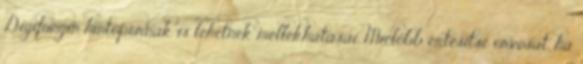
Digifungin hintőpornak is lehetnek mellékhatásai. Mielőbb értesítse orvosát, ha